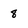
Character: 8